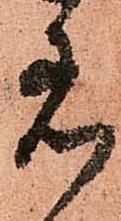
着